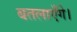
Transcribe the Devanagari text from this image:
बतलाएँगे।